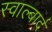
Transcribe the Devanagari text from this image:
स्वाल्बार्द